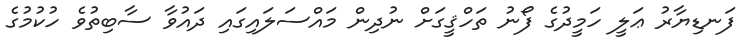
ފަނޑިޔާރު ޢަލީ ހަމީދުގެ ފޯނު ތަހްޤީގަށް ނުދިން މައްސަލައިގައި ދައުވާ ސާބިތުވެ ހުކުމުގެ